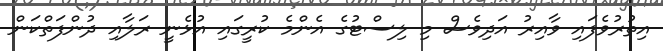
އިތުރުވެފައި ވާއިރު އަދިވެސް މި ލިސްޓުގެ އެންމެ ކުރީގައި އުޅެނީ ރަލާއި ދުންފަތްކަން